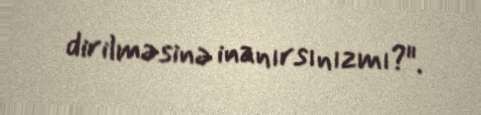
dirilməsinə inanırsınızmı?".